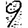
Digit: 9